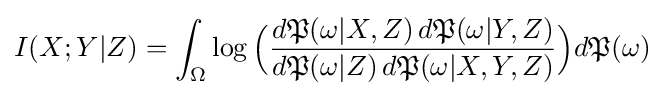
I(X;Y|Z)=\int _{\Omega }\log {\Bigl (}{\frac {d{\mathfrak {P}}(\omega |X,Z)\,d{\mathfrak {P}}(\omega |Y,Z)}{d{\mathfrak {P}}(\omega |Z)\,d{\mathfrak {P}}(\omega |X,Y,Z)}}{\Bigr )}d{\mathfrak {P}}(\omega )